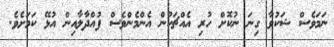
ނަމަވެސް ޝަކުވާ ގިނަ ނުކޮށް ހުރި އެއްޗަކުން އެންމެންވެސް ފުއްދާލާއިން އުޅޭ ކަމަށެވެ.